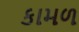
કામળ